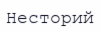
Несторий